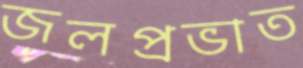
জলপ্রভাত